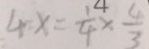
4 x = \frac { 1 } { 4 } \times \frac { 4 } { 3 }